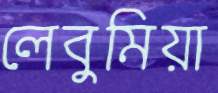
লেবুমিয়া